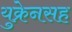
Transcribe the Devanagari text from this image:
युक्रेनसह